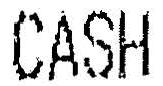
CASH